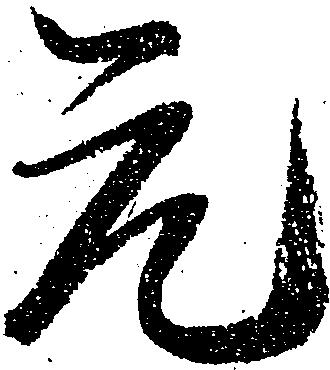
元